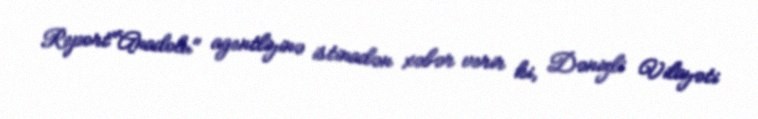
Report"Anadolu" agentliyinə istinadən xəbər verir ki, Dənizli Vilayəti